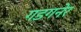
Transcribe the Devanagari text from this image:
गडगनेर